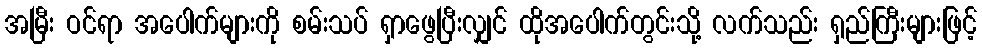
အမြီး ဝင်ရာ အပေါက်များကို စမ်းသပ် ရှာဖွေပြီးလျှင် ထိုအပေါက်တွင်းသို့ လက်သည်း ရှည်ကြီးများဖြင့်